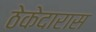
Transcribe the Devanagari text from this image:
ठेकेदारास